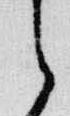
之